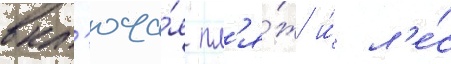
вкл'юча́я пл'я́ж и́ л'е́с